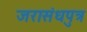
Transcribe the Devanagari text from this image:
जरासंधपुत्र